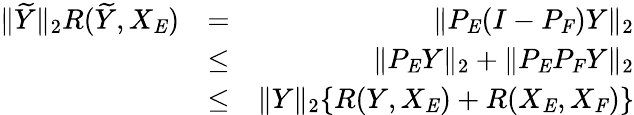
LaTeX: \begin{array}{rlr}{\| \widetilde{Y}\| _{2}R(\widetilde{Y},X_{\mathit{E}})}&{=}&{\| P_{\mathit{E}}(I-P_{\mathit{F}})Y\| _{2}}\\ &{\leq}&{\| P_{\mathit{E}}Y\| _{2}+\| P_{\mathit{E}}P_{\mathit{F}}Y\| _{2}}\\ &{\leq}&{\| Y\| _{2}\{ R(Y,X_{\mathit{E}})+R(X_{\mathit{E}},X_{\mathit{F}})\} }\end{array}